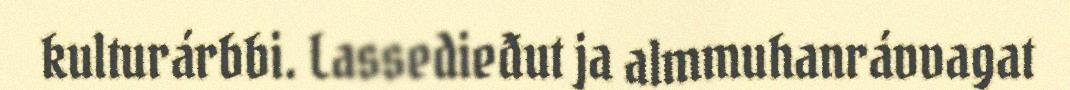
kulturárbbi. Lassedieđut ja almmuhanrávvagat